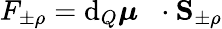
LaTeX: F_{\pm\rho}=\mathrm{d}_{Q}\boldsymbol{\mu}^{\mathrm{~\, ~}}\cdot\mathbf{S}_{\pm\rho}